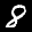
Label: 8